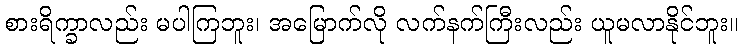
စားရိက္ခာလည်း မပါကြဘူး၊ အမြောက်လို လက်နက်ကြီးလည်း ယူမလာနိုင်ဘူး။